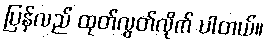
ပြန်လည် ထုတ်လွှတ်လိုက် ပါတယ်။